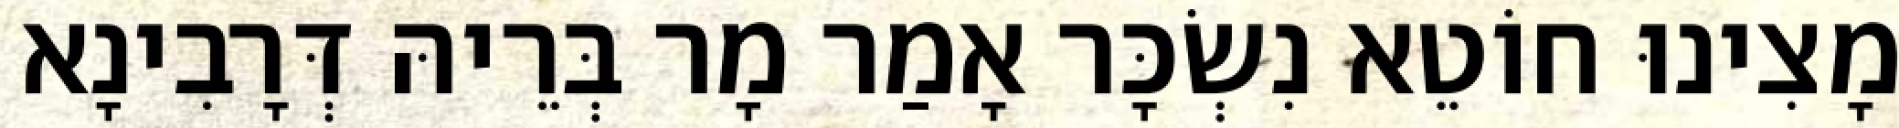
מָצִינוּ חוֹטֵא נִשְׂכָּר אָמַר מָר בְּרֵיהּ דְּרָבִינָא